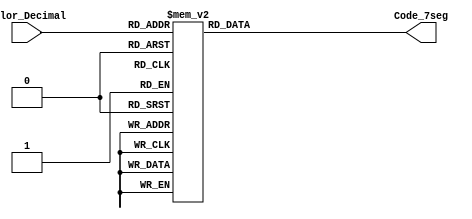
module Conversor_BCD_7seg
(
input wire [3:0] Valor_Decimal,
output reg [7:0] Code_7seg    
);

//Descripcin combinacional del valor decimal a cdigo para el 7 segmentos

always @*

begin

case(Valor_Decimal)

4'h0: Code_7seg = 8'b00000011; //0
4'h1: Code_7seg = 8'b10011111; //1
4'h2: Code_7seg = 8'b00100101; //2
4'h3: Code_7seg = 8'b00001101; //3
4'h4: Code_7seg = 8'b10011001; //4
4'h5: Code_7seg = 8'b01001001; //5
4'h6: Code_7seg = 8'b01000001; //6
4'h7: Code_7seg = 8'b00011111; //8
4'h8: Code_7seg = 8'b00000001; //9
4'h9: Code_7seg = 8'b00001001; //Caso default no enciende el 7 seg
default: Code_7seg = 8'b11111111; 

endcase

end

endmodule